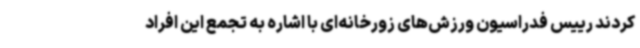
کردند رییس فدراسیون ورزش‌های زورخانه‌ای با اشاره به تجمع این افراد